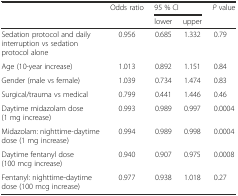
<table><thead><tr><td rowspan="2"></td><td rowspan="2"><b>Odds ratio</b></td><td colspan="2"><b>95 % CI</b></td><td rowspan="2"><b><i>P</i> value</b></td></tr><tr><td><b>lower</b></td><td><b>upper</b></td></tr></thead><tbody><tr><td>Sedation protocol and daily interruption vs sedation protocol alone</td><td>0.956</td><td>0.685</td><td>1.332</td><td>0.79</td></tr><tr><td>Age (10-year increase)</td><td>1.013</td><td>0.892</td><td>1.151</td><td>0.84</td></tr><tr><td>Gender (male vs female)</td><td>1.039</td><td>0.734</td><td>1.474</td><td>0.83</td></tr><tr><td>Surgical/trauma vs medical</td><td>0.799</td><td>0.441</td><td>1.446</td><td>0.46</td></tr><tr><td>Daytime midazolam dose (1 mg increase)</td><td>0.993</td><td>0.989</td><td>0.997</td><td>0.0004</td></tr><tr><td>Midazolam: nighttime-daytime dose (1 mg increase)</td><td>0.994</td><td>0.989</td><td>0.998</td><td>0.0004</td></tr><tr><td>Daytime fentanyl dose (100 mcg increase)</td><td>0.940</td><td>0.907</td><td>0.975</td><td>0.0008</td></tr><tr><td>Fentanyl: nighttime-daytime dose (100 mcg increase)</td><td>0.977</td><td>0.938</td><td>1.018</td><td>0.27</td></tr></tbody></table>